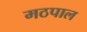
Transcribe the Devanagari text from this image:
मठपाल